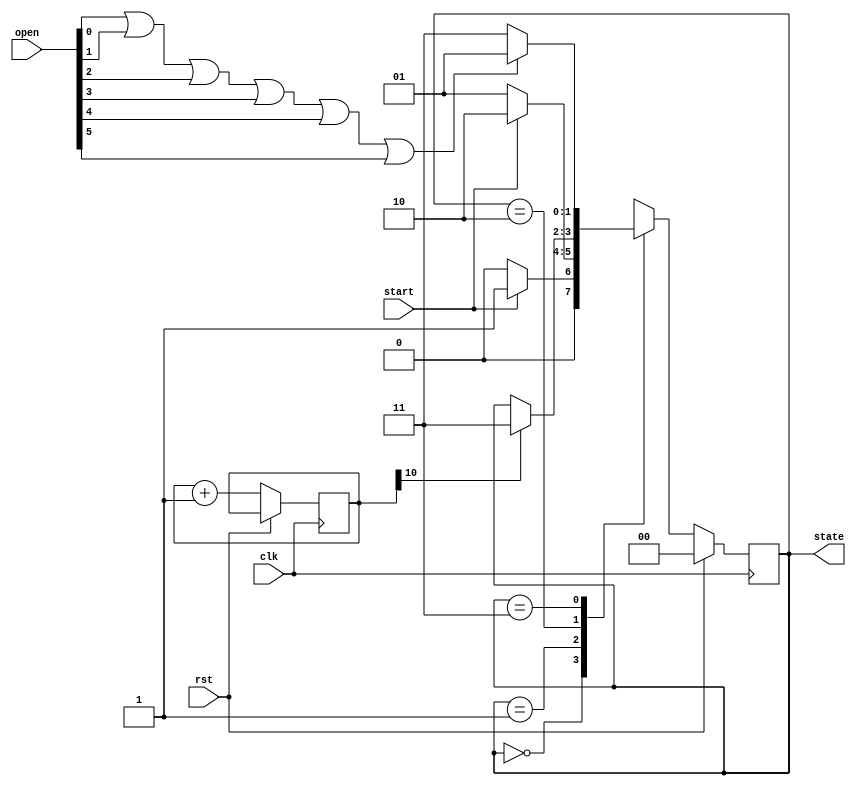
module state(clk, rst, start, open, state);
input start;
input [5:0] open;
input clk, rst;
output reg [1:0] state;
reg [10:0] cnt;
reg [1:0] next_state;
//00 means have not started LED flash,motor stop
// LED stop motor spin for a while
//01 if ???? was triggered count the score

always @(posedge clk) begin
    if(rst) state <= 2'b00;
    else begin
        state <= next_state;
        cnt <= cnt + 1;
    end
end
always @(*) begin
    case(state)
    2'b00: begin
        if(start) next_state = 2'b01;
        else next_state = 2'b00; 
    end
    2'b01: begin        
        if(start) next_state = 2'b10;
        else next_state = 2'b01; 
    end
    2'b10: begin
        if(cnt[10] == 1) next_state = 2'b11;
        else next_state = state;
    end
    2'b11: begin
        if(open[0] || open[1] || open[2] || open[3] || open[4] || open[5]) next_state = 2'b01;
        else next_state = 2'b11;
    end
    default: next_state = state;
    endcase
end
endmodule